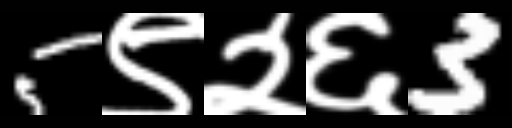
Text: 5९२६3